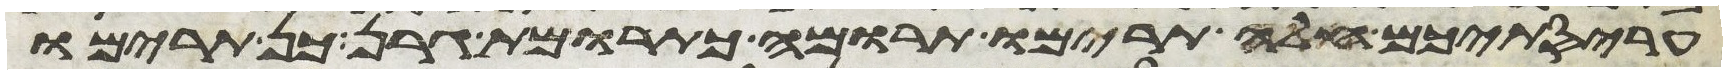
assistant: עריסתיכם חלה תרימו תרומה כתרומת גרן כן תרימו